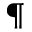
^ \mathparagraph